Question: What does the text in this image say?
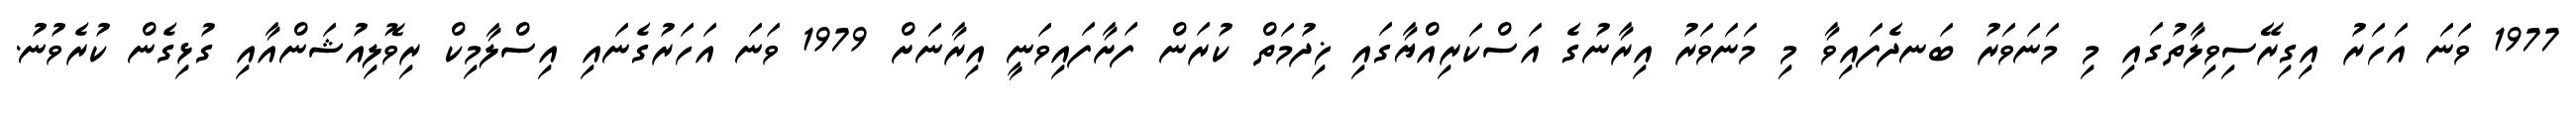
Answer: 1977 ވަނަ އަހަރު އިގިރޭސިވިލާތުގައި މި މަނަވަރު ބަނދެފައިވާ މި މަނަވަރު އިރާނުގެ އަސްކަރިއްޔާގައި ޚިދުމަތް ކުރަން ފަށާފައިވަނީ އިރާނަށް 1979 ވަނަ އަހަރުގެނައި އިސްލާމިކް ރިވޮލިއުޝަންއާއި ގުޅިގެން ކުރެވުނު.